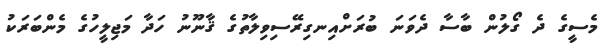
މެސީގެ ދެ ގޯލުން ބާސާ ދެވަނަ ބުރަށްއިނގިރޭސިވިލާތުގެ ޤާނޫނު ހަދާ މަޖިލީހުގެ މެންބަރަކު